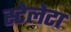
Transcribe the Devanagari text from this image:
स्टेलेटा